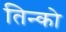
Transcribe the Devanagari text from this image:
तिन्को